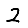
Digit: 2